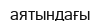
аятындағы